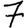
Digit: 7